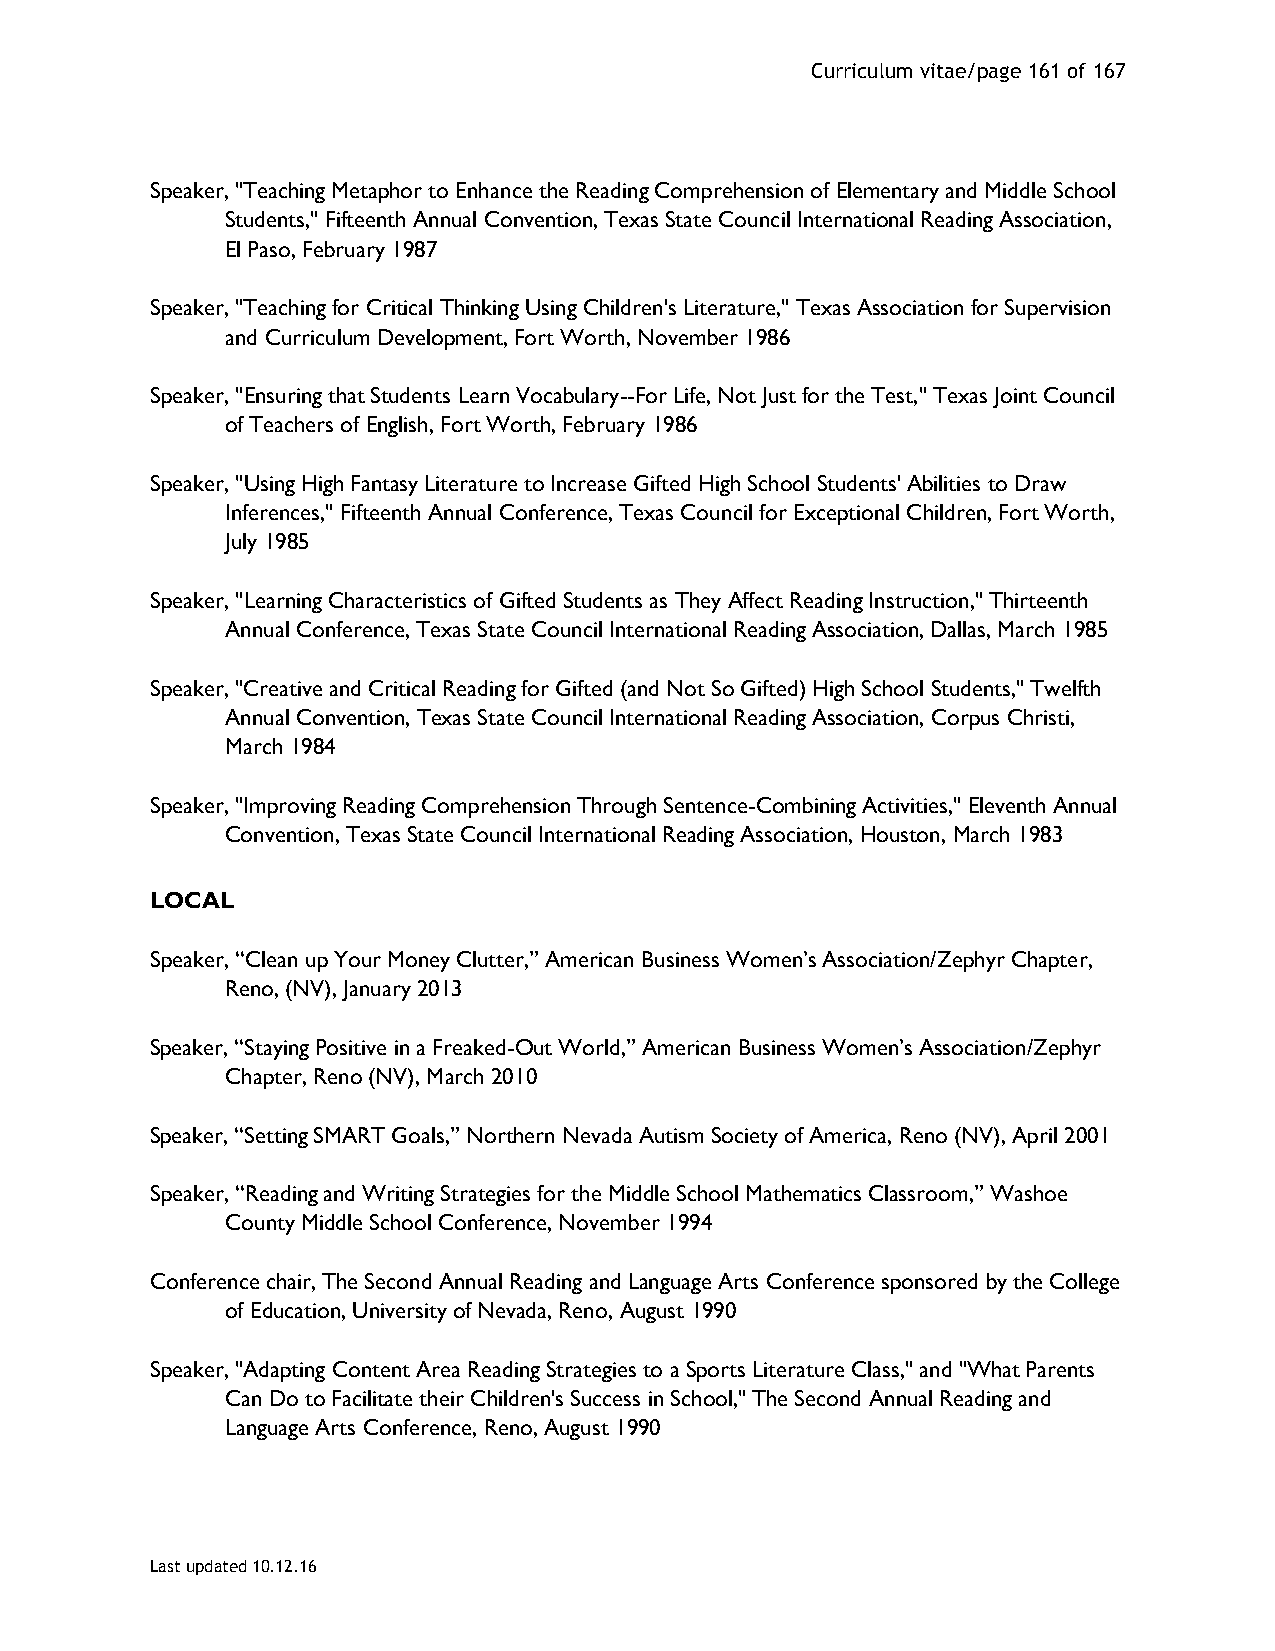
Curriculum vitae/page 161 of 167
 Speaker, "Teaching Metaphor to Enhance the Reading Comprehension of Elementary and Middle School
 Students," Fifteenth Annual Convention, Texas State Council International Reading Association,
 El Paso, February 1987
 Speaker, "Teaching for Critical Thinking Using Children's Literature," Texas Association for Supervision
 and Curriculum Development, Fort Worth, November 1986
 Speaker, "Ensuring that Students Learn Vocabulary--For Life, Not Just for the Test," Texas Joint Council
 of Teachers of English, Fort Worth, February 1986
 Speaker, "Using High Fantasy Literature to Increase Gifted High School Students' Abilities to Draw
 Inferences," Fifteenth Annual Conference, Texas Council for Exceptional Children, Fort Worth,
 July 1985
 Speaker, "Learning Characteristics of Gifted Students as They Affect Reading Instruction," Thirteenth
 Annual Conference, Texas State Council International Reading Association, Dallas, March 1985
 Speaker, "Creative and Critical Reading for Gifted (and Not So Gifted) High School Students," Twelfth
 Annual Convention, Texas State Council International Reading Association, Corpus Christi,
 March 1984
 Speaker, "Improving Reading Comprehension Through Sentence-Combining Activities," Eleventh Annual
 Convention, Texas State Council International Reading Association, Houston, March 1983
 LOCAL
 Speaker, “Clean up Your Money Clutter,” American Business Women’s Association/Zephyr Chapter,
 Reno, (NV), January 2013
 Speaker, “Staying Positive in a Freaked-Out World,” American Business Women’s Association/Zephyr
 Chapter, Reno (NV), March 2010
 Speaker, “Setting SMART Goals,” Northern Nevada Autism Society of America, Reno (NV), April 2001
 Speaker, “Reading and Writing Strategies for the Middle School Mathematics Classroom,” Washoe
 County Middle School Conference, November 1994
 Conference chair, The Second Annual Reading and Language Arts Conference sponsored by the College
 of Education, University of Nevada, Reno, August 1990
 Speaker, "Adapting Content Area Reading Strategies to a Sports Literature Class," and "What Parents
 Can Do to Facilitate their Children's Success in School," The Second Annual Reading and
 Language Arts Conference, Reno, August 1990
 Last updated 10.12.16